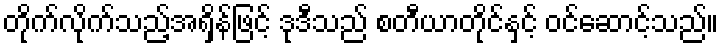
တိုက်လိုက်သည့်အရှိန်ဖြင့် ဒုဒီသည် စတီယာတိုင်နှင့် ဝင်ဆောင့်သည်။